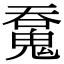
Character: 𩳝